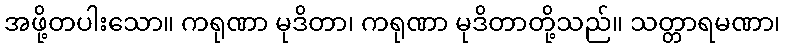
အဖို့တပါးသော။ ကရုဏာ မုဒိတာ၊ ကရုဏာ မုဒိတာတို့သည်။ သတ္တာရမဏာ၊